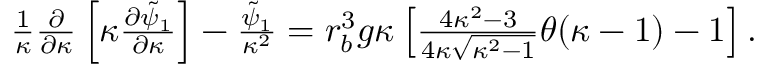
\begin{array} { r } { \frac { 1 } { \kappa } \frac { \partial } { \partial \kappa } \left[ \kappa \frac { \partial \tilde { \psi } _ { 1 } } { \partial \kappa } \right] - \frac { \tilde { \psi } _ { 1 } } { \kappa ^ { 2 } } = r _ { b } ^ { 3 } g \kappa \left[ \frac { 4 \kappa ^ { 2 } - 3 } { 4 \kappa \sqrt { \kappa ^ { 2 } - 1 } } \theta ( \kappa - 1 ) - 1 \right] . } \end{array}